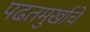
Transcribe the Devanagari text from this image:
पढतमुर्खाचे